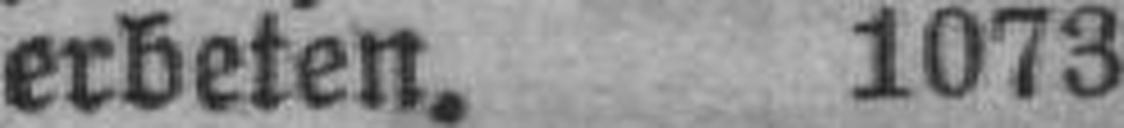
erbeten. 1073